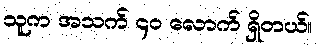
သူက အသက် ၄၀ လောက် ရှိတယ်။